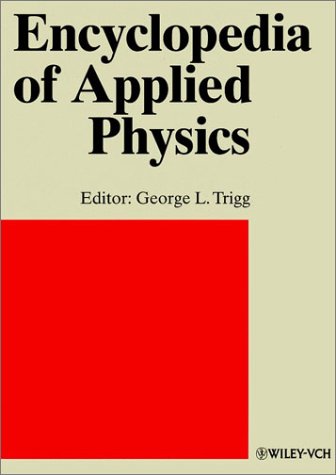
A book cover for Artificial Intelligence to Bus Systems and Computer Interfacing, Volume 2, Encyclopedia of Applied Physics; Science & Math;